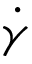
\dot { \gamma }